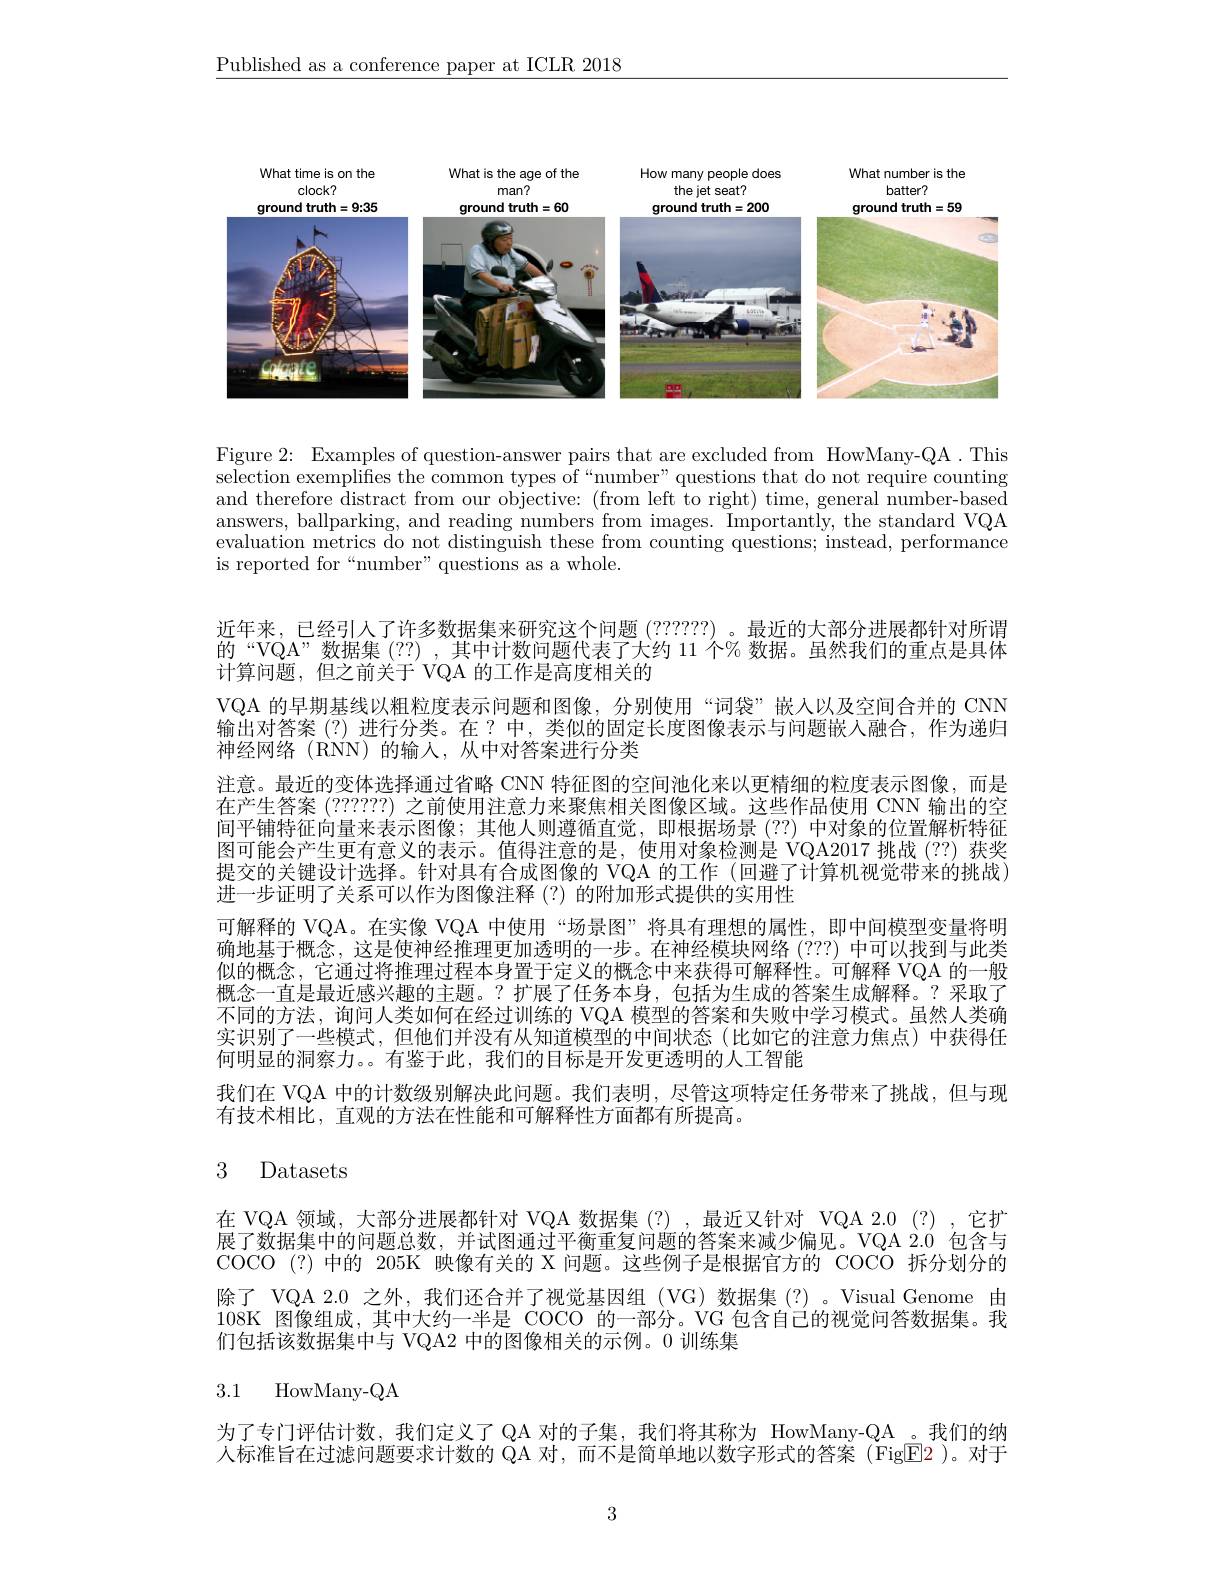
$\underline{\text{Published as a conference paper at ICLR 2018}}$

<FigureHere>

Figure 2: Examples of question-answer pairs that are excluded from HowMany-QA .This selection exemplifies the common types of“number”questions that do not require counting and therefore distract from our objective: (from left to right) time, general number-based answers, ballparking, and reading numbers from images. Importantly, the standard VQA evaluation metrics do not distinguish these from counting questions; instead, performance is reported for“number”questions as a whole.

近年来，已经引人了许多数据集来研究这个问题 (??????)。最近的大部分进展都针对所谓的“VQA”数据集(??),其中计数问题代表了大约 11 个% 数据。虽然我们的重点是具体计算问题，但之前关于 VQA 的工作是高度相关的
VQA 的早期基线以粗粒度表示问题和图像，分别使用“词袋”嵌入以及空间合并的 CNN 输出对答案 (?) 进行分类。在？中，类似的固定长度图像表示与问题嵌人融合，作为递归神经网络(RNN)的输入，从中对答案进行分类
注意。最近的变体选择通过省略 CNN 特征图的空间池化来以更精细的粒度表示图像，而是在产生答案(??????)之前使用注意力来聚焦相关图像区域。这些作品使用 CNN 输出的空间平铺特征向量来表示图像；其他人则遵循直觉，即根据场景 (??) 中对象的位置解析特征图可能会产生更有意义的表示。值得注意的是，使用对象检测是 VQA2017 挑战 (??) 获奖提交的关键设计选择。针对具有合成图像的 VQA 的工作 (回避了计算机视觉带来的挑战) 进一步证明了关系可以作为图像注释(?)的附加形式提供的实用性
可解释的 VQA。在实像 VQA 中使用 “场景图”将具有理想的属性，即中间模型变量将明确地基于概念，这是使神经推理更加透明的一步。在神经模块网络(???) 中可以找到与此类似的概念，它通过将推理过程本身置于定义的概念中来获得可解释性。可解释 VQA 的一般概念一直是最近感兴趣的主题。?扩展了任务本身，包括为生成的答案生成解释。?采取了不同的方法，询问人类如何在经过训练的 VQA 模型的答案和失败中学习模式。虽然人类确实识别了一些模式，但他们并没有从知道模型的中间状态(比如它的注意力焦点)中获得任何明显的洞察力。。有鉴于此，我们的目标是开发更透明的人工智能
我们在 VQA 中的计数级别解决此问题。我们表明，尽管这项特定任务带来了挑战，但与现
有技术相比，直观的方法在性能和可解释性方面都有所提高。

# 3 Datasets

在 VQA 领域，大部分进展都针对 VQA 数据集(?),最近又针对 VQA 2.0 (?) ,它扩展了数据集中的问题总数，并试图通过平衡重复问题的答案来减少偏见。VQA 2.0 包含与COCO (?)中的 205K 映像有关的 X 问题。这些例子是根据官方的 COCO 拆分划分的除了 VQA 2.0 之外，我们还合并了视觉基因组(VG)数据集(?)。Visual Genome 由108K 图像组成，其中大约一半是 COCO 的一部分。VG 包含自己的视觉问答数据集。我们包括该数据集中与 VQA2 中的图像相关的示例。0 训练集

## 3.1 HowMany-QA

为了专门评估计数，我们定义了 QA 对的子集，我们将其称为 HowMany-QA 。我们的纳人标准旨在过滤问题要求计数的 QA 对，而不是简单地以数字形式的答案 (FigE2 )。对于

3